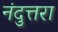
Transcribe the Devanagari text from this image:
नंदुत्तरा